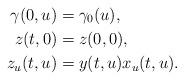
LaTeX: \begin{align*}\gamma(0,u) & = \gamma_0(u), \\z(t,0) & = z(0,0), \\z_u(t,u) & = y(t,u) x_u(t,u).\end{align*}